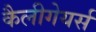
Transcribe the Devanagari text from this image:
कैलीगेयर्स